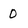
Character: 0